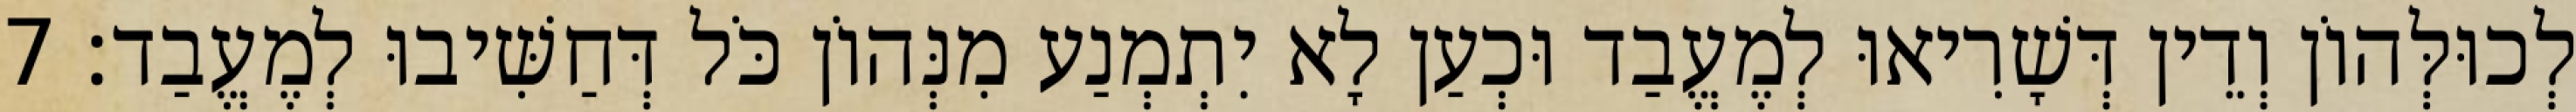
לְכוּלְּהוֹן וְדֵין דְּשָׁרִיאוּ לְמֶעֱבַד וּכְעַן לָא יִתְמְנַע מִנְּהוֹן כֹּל דְּחַשִּׁיבוּ לְמֶעֱבַד׃ 7